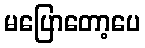
မပြောတော့ပေ